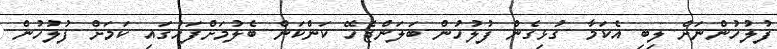
ފުލުހުންނަށް ލިބި އެކަމާ ގުޅިގެން ފުލުހުން ބަލަންޖެހޭ ކަންކަން ބެލުމަށްފަހުގައި ކަމަށް ފުލުހުން